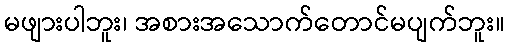
မဖျားပါဘူး၊ အစားအသောက်တောင်မပျက်ဘူး။